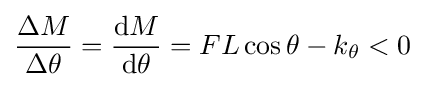
{\frac {\Delta M}{\Delta \theta }}={\frac {\mathrm {d} M}{\mathrm {d} \theta }}=FL\cos \theta -k_{\theta }<0